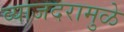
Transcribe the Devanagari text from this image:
व्याजदरामुळे